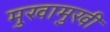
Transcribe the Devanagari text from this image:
मुखामुखी